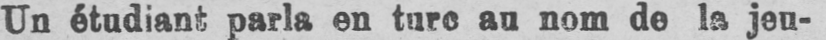
Un étudiant parla en turc au nom de la jeu-